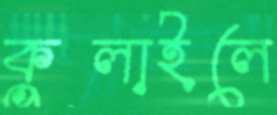
কুলাইলে